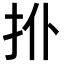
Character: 𢪗